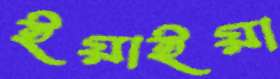
ইয়াইয়া